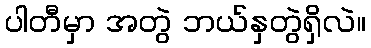
ပါတီမှာ အတွဲ ဘယ်နှတွဲရှိလဲ။